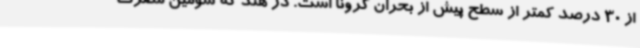
از 30 درصد کمتر از سطح پیش از بحران کرونا است. در هند که سومین مصرف